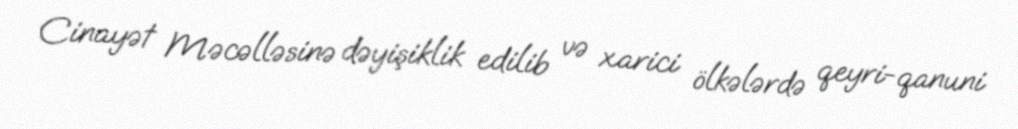
Cinayət Məcəlləsinə dəyişiklik edilib və xarici ölkələrdə qeyri-qanuni